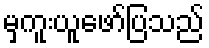
မှကူးယူဖော်ပြသည်